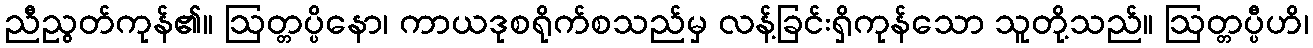
ညီညွတ်ကုန်၏။ ဩတ္တပ္ပိနော၊ ကာယဒုစရိုက်စသည်မှ လန့်ခြင်းရှိကုန်သော သူတို့သည်။ ဩတ္တပ္ပီဟိ၊